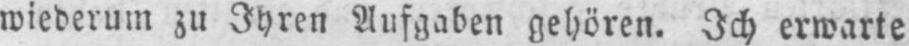
wiederum zu Ihren Aufgaben gehören. Ich erwarte